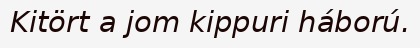
Kitört a jom kippuri háború.